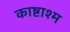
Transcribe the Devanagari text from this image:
काष्टाश्म